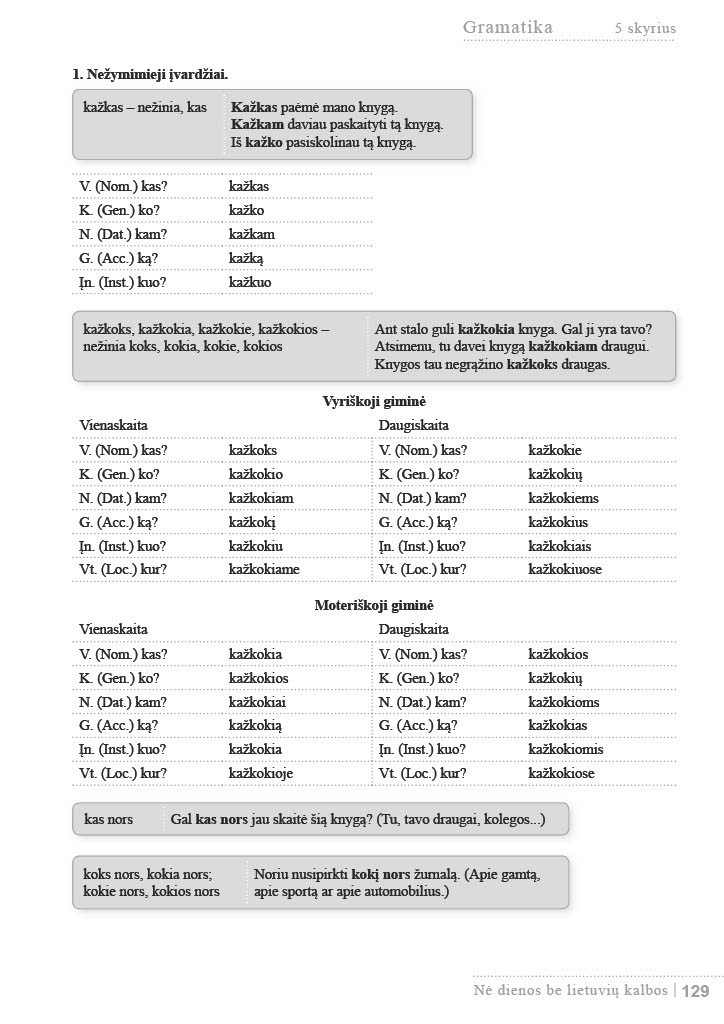
Language: lt